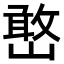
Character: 𫶔